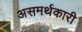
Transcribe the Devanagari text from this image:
असमर्थकारी